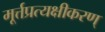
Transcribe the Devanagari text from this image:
मूर्त्तप्रत्यक्षीकरण्